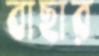
বাছার